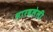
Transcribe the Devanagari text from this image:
भारवलेली